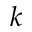
k